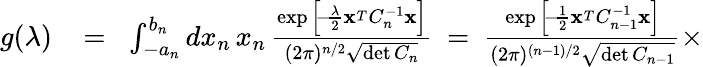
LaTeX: \begin{array}{rlr}{g(\lambda)}&{{}\! =\! }&{\int_{-a_{n}}^{b_{n}}dx_{n}\, x_{n}\, {\frac{\exp\Big[\! -\! {\frac{\lambda}{2}}{\mathbf x}^{_T}C_{n}^{-1}{\mathbf x}\Big]}{(2\pi)^{n/2}\sqrt{\operatorname*{det}C_{n}}}}\ =\ {\frac{\exp\Big[\! -\! {\frac{1}{2}}{\mathbf x}^{_T}C_{n-1}^{-1}{\mathbf x}\Big]}{(2\pi)^{(n-1)/2}\sqrt{\operatorname*{det}C_{n-1}}}}\times}\end{array}